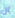
ان